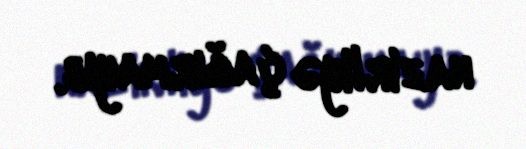
nazirliyə çağırmayıb.